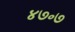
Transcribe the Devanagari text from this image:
४७॰७